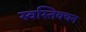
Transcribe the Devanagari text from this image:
स्वस्तिवचन